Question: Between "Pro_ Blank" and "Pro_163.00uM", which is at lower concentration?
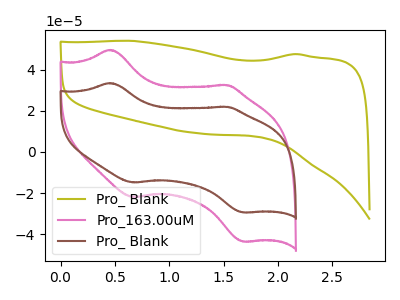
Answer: <think>The olive curve "Pro_ Blank" has no peaks. The pink curve "Pro_163.00uM" has anodic peaks at (0.45V, 49.65uA) (1.50V, 32.50uA) and cathodic peaks at (0.65V, -21.95uA) (1.70V, -43.60uA). The brown curve "Pro_ Blank" has anodic peaks at (0.45V, 33.50uA) (1.50V, 21.95uA) and cathodic peaks at (0.65V, -14.80uA) (1.70V, -29.40uA).
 All the peaks in "Pro_ Blank" have a peak in "Pro_163.00uM" at the same potential. Every peak in "Pro_ Blank" is lower than every peak in "Pro_163.00uM".</think>
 <answer>"Pro_ Blank" has less signal than "Pro_163.00uM" and so likely has a lower concentration.</answer>
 <eval>less_concentration</eval>